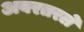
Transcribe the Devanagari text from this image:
अवरतरले